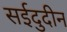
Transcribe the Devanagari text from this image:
सईदुदीन